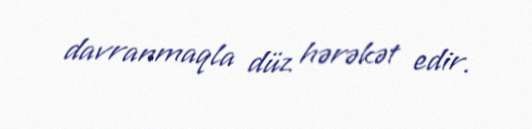
davranmaqla düz hərəkət edir.